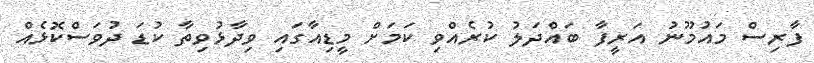
ފާރިސް މައުމޫނު އަރީފާ ބައްދަލު ކުރެއްވި ކަމަށް މީޑިއާގައި ވިދާޅުވިތާ ކުޑަ ދުވަސްކޮޅެއް